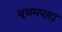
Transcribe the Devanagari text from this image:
थूथमपारा